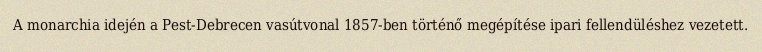
A monarchia idején a Pest-Debrecen vasútvonal 1857-ben történő megépítése ipari fellendüléshez vezetett.